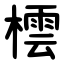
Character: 橒